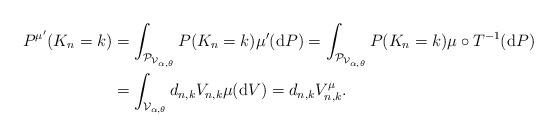
LaTeX: \begin{align*}P^{\mu '}(K_{n}=k) & = \int_{\mathcal{P}_{\mathcal{V}_{\alpha,\theta}}} P(K_{n}=k)\mu'(\mathrm{d}P)= \int_{\mathcal{P}_{\mathcal{V}_{\alpha,\theta}}} P(K_{n}=k)\mu \circ T^{-1}(\mathrm{d}P) \\ & = \int_{\mathcal{V}_{\alpha,\theta}} d_{n,k}V_{n,k} \mu(\mathrm{d}V)=d_{n,k}V^{\mu}_{n,k}.\end{align*}